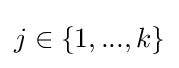
j\in \{1,...,k\}